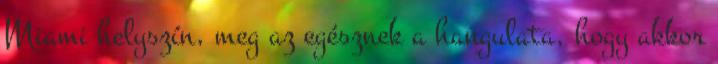
Miami helyszín, meg az egésznek a hangulata, hogy akkor